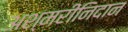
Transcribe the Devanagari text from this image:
अश्मरीनिदान